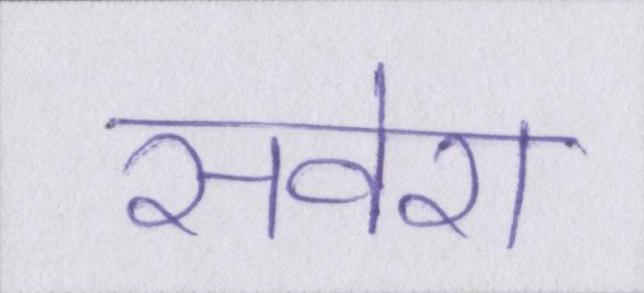
सवेरा